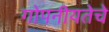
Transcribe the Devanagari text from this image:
गोपनीयतेचे